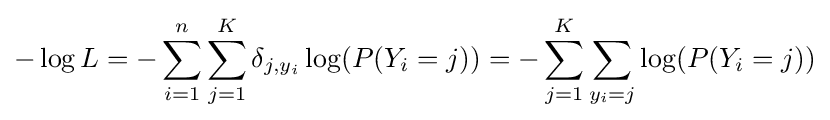
-\log L=-\sum _{i=1}^{n}\sum _{j=1}^{K}\delta _{j,y_{i}}\log(P(Y_{i}=j))=-\sum _{j=1}^{K}\sum _{y_{i}=j}\log(P(Y_{i}=j))